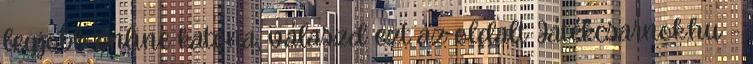
legjobb online katona, válaszd ezt az oldalt Játékcsarnok.hu -